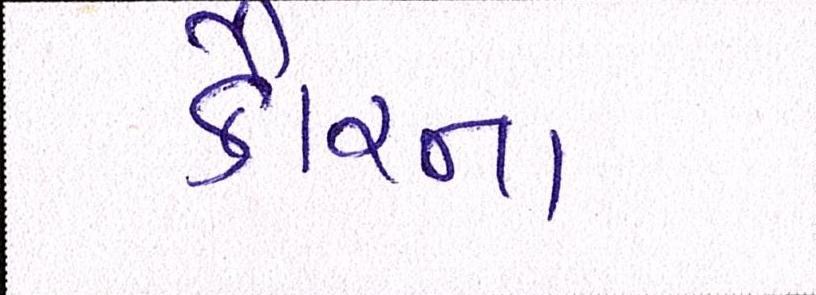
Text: કૌરના